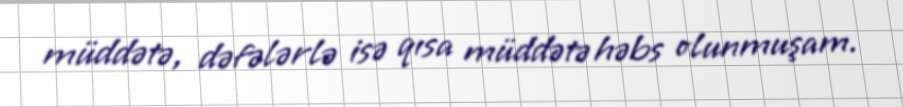
müddətə, dəfələrlə isə qısa müddətə həbs olunmuşam.